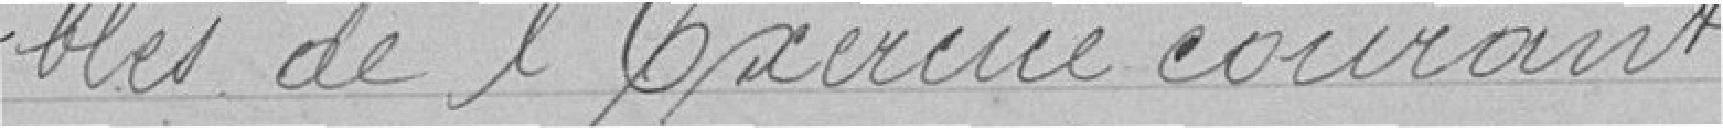
=bles de l'exercice courant.